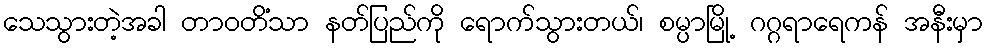
သေသွားတဲ့အခါ တာဝတိံသာ နတ်ပြည်ကို ရောက်သွားတယ်၊ စမ္ပာမြို့ ဂဂ္ဂရာရေကန် အနီးမှာ